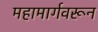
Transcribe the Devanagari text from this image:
महामार्गवरून